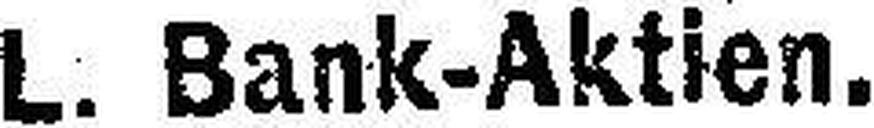
L. Bank-Aktien.